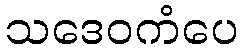
သဒေဝကံပေ